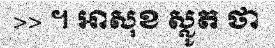
>> ។ អាសុខ ស្លូត ថា